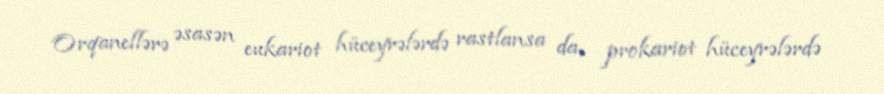
Orqanellərə əsasən eukariot hüceyrələrdə rastlansa da, prokariot hüceyrələrdə